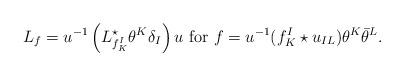
LaTeX: \begin{align*} L_f = u^{-1} \left(L^\star_{f_K^I} \theta^K \delta_I \right) u \mbox{ for } f = u^{-1} (f_K^I \star u_{IL})\theta^K \bar \theta^L.\end{align*}